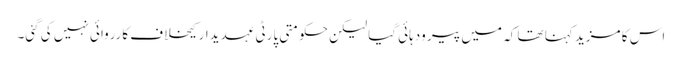
اس کا مزید کہنا تھا کہ میں پیر ودہائی گیا لیکن حکومتی پارٹی عہدیدار کیخلاف کارروائی نہیں کی گئی۔